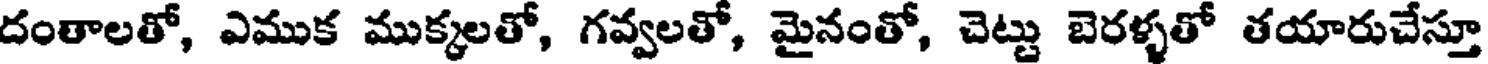
దంతాలతో, ఎముక ముక్కలతో, గవ్వలతో, మైనంతో, చెట్టు బెరళ్ళతో తయారుచేస్తూ